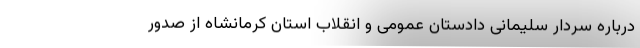
درباره سردار سلیمانی دادستان عمومی و انقلاب استان کرمانشاه از صدور